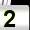
Digit: 2